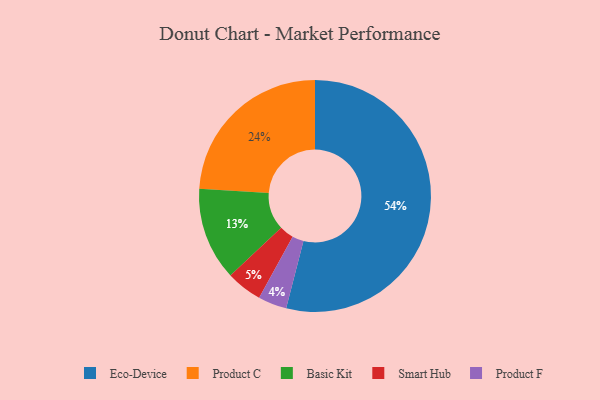
{"axis": {"x": "Category", "y": "Percentage"}, "legend": ["Basic Kit", "Eco-Device", "Product C", "Product F", "Smart Hub"], "data": [{"x": "Smart Hub", "y": 5, "type": "Smart Hub"}, {"x": "Product F", "y": 4, "type": "Product F"}, {"x": "Eco-Device", "y": 54, "type": "Eco-Device"}, {"x": "Basic Kit", "y": 13, "type": "Basic Kit"}, {"x": "Product C", "y": 24, "type": "Product C"}]}